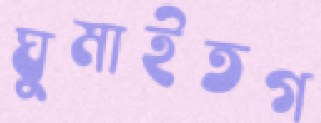
ঘুমাইতগ